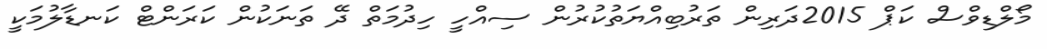
މޯލްޑިވްސް ކަޕް 2015ދަރިން ތަރުބިއްޔަތުކުރުން ސިއްހީ ހިދުމަތް ދޭ ތަނަކުން ކަރަންޓް ކަނޑާލުމަކީ